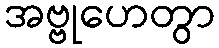
အဗ္ဗုဟေတွာ